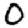
Digit: 0